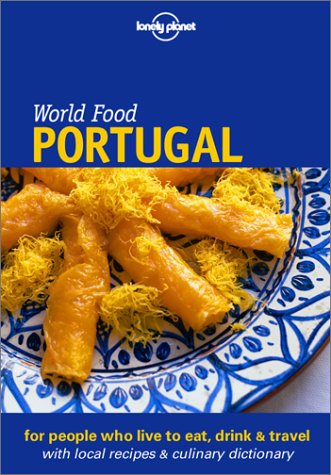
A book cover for World Food Portugal (Lonely Planet World Food Portugal); Lynelle Scott-Aitken; Travel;